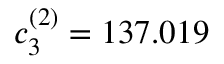
c _ { 3 } ^ { ( 2 ) } = 1 3 7 . 0 1 9